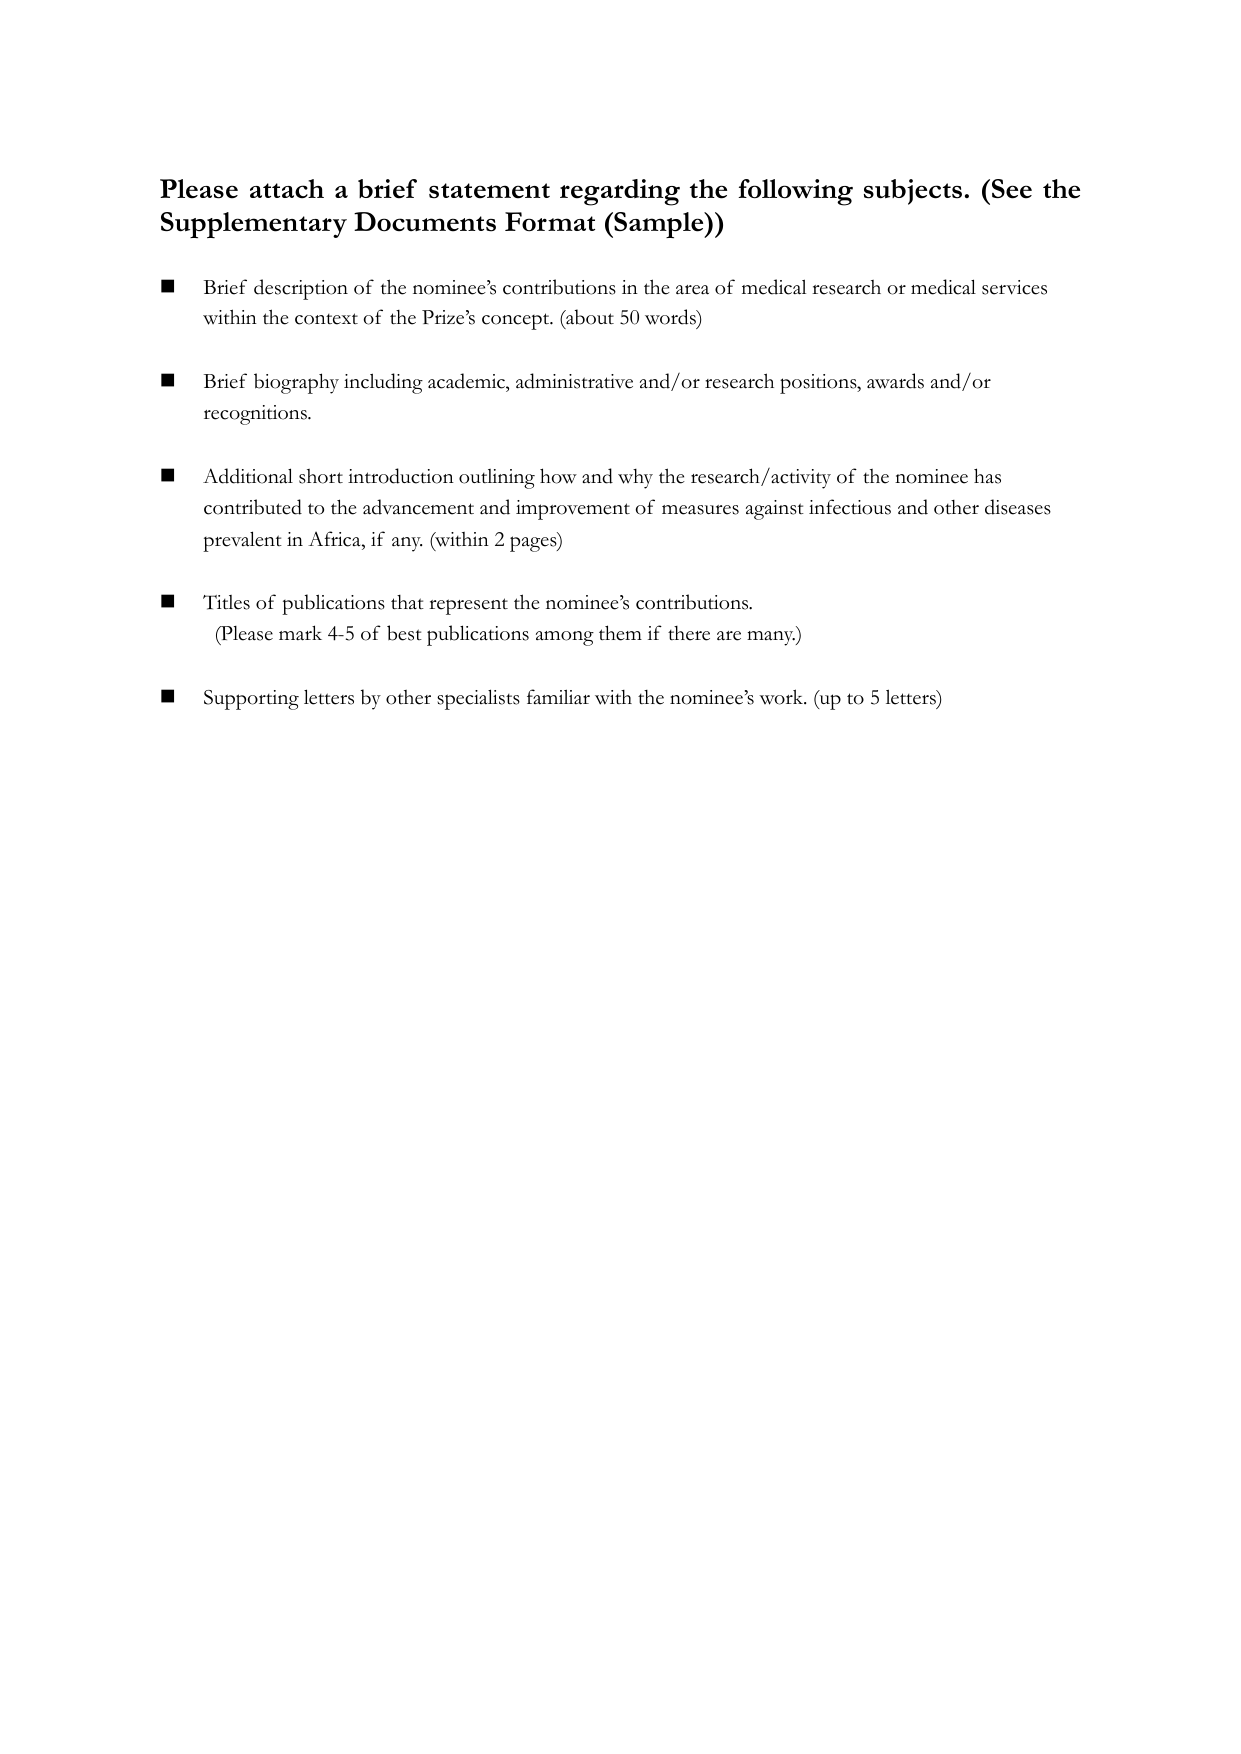
Please attach a brief statement regarding the following subjects. (See the Supplementary Documents Format (Sample))

■ Brief description of the nominee’s contributions in the area of medical research or medical services within the context of the Prize’s concept. (about 50 words)

■ Brief biography including academic, administrative and/or research positions, awards and/or recognitions.

■ Additional short introduction outlining how and why the research/activity of the nominee has contributed to the advancement and improvement of measures against infectious and other diseases prevalent in Africa, if any. (within 2 pages)

■ Titles of publications that represent the nominee’s contributions. (Please mark 4-5 of best publications among them if there are many.)

■ Supporting letters by other specialists familiar with the nominee’s work. (up to 5 letters)